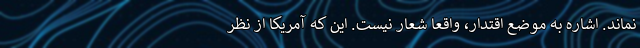
نماند. اشاره به موضع اقتدار، واقعاً شعار نیست. این که آمریکا از نظر